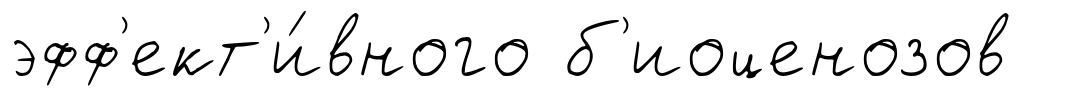
эфф'ект'и́вного б'иоценозов